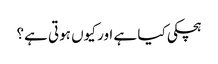
ہچکی کیا ہے اور کیوں ہوتی ہے؟